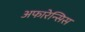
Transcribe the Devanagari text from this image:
अफारेन्सिस